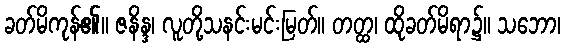
ခတ်မိကုန်၏။ ဇနိန္ဒ၊ လူတို့သနင်းမင်းမြတ်။ တတ္ထ၊ ထိုခတ်မိရာ၌။ သဘော၊